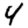
Digit: 4